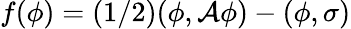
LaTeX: f(\phi)=(1/2)(\phi,{\cal A}\phi)-(\phi,\sigma)